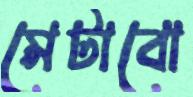
মেটাবো